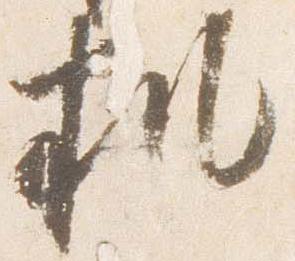
机